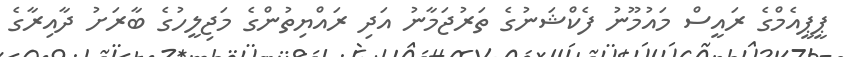
ޕީޕީއެމްގެ ރައީސް މައުމޫނު ފެކްޝަނުގެ ތަރުޖަމާނު އަދި ރައްޔިތުންގެ މަޖިލީހުގެ ބާރަށު ދާއިރާގެ